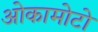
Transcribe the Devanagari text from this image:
ओकामोटो